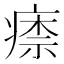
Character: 𤸏